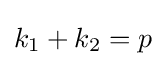
k_{1}+k_{2}=p